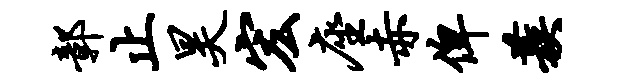
鄣止昊宏座赤俾蔟